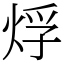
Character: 烰